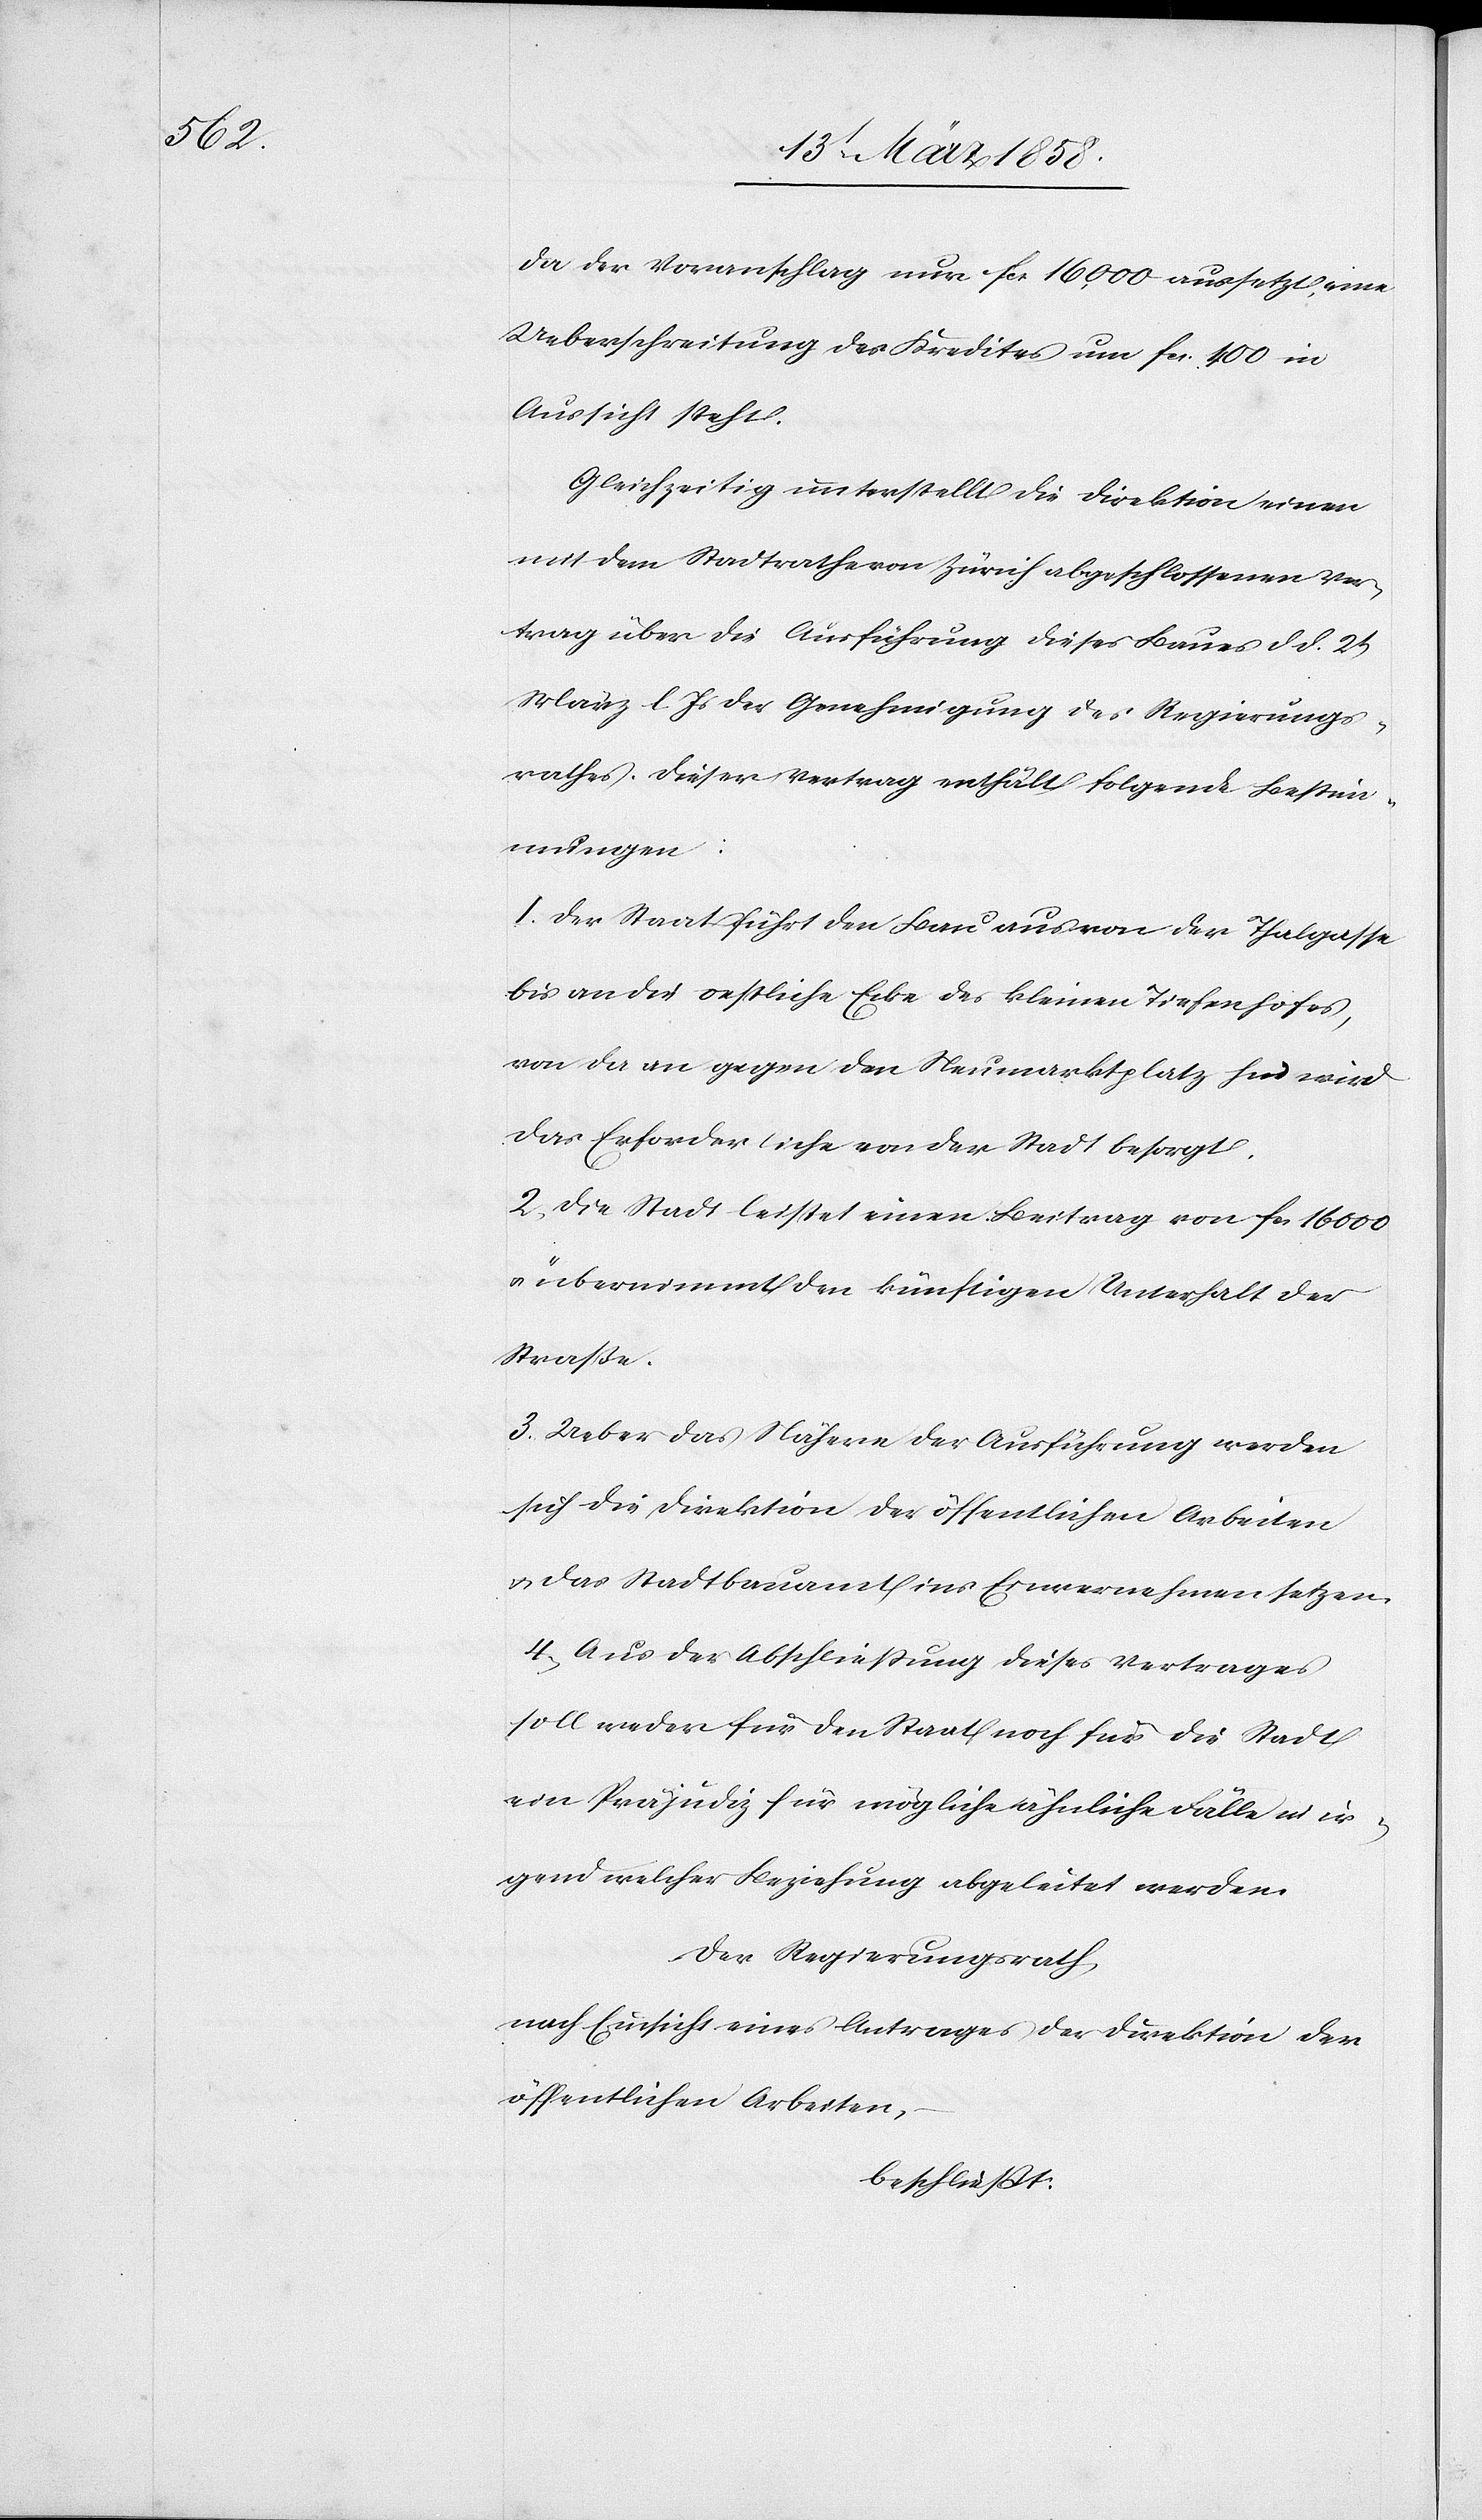
da der Voranschlag nur fcs. 16,000 aussetzt, eine
Ueberschreitung des Kredites um fcs. 400 in
Aussicht steht.
Gleichzeitig unterstellt die Direktion einen
mit dem Stadtrathe von Zürich abgeschlossenen Ver¬
trag über die Ausführung dieses Baues d. d. 2t
März l. Js. der Genehmigung des Regierungs¬
rathes. Dieser Vertrag enthält folgende Bestim¬
mungen:
1. Der Staat führt den Bau aus von der Thalgasse
bis an die oestliche Ecke des kleinen Tiefenhofes,
von da an gegen den Neumarktplatz hin wird
das Erforderliche von der Stadt besorgt.
2. Die Stadt leistet einen Beitrag von fcs. 16 000
u. übernimmt den künftigen Unterhalt der
Straße.
3. Ueber das Nähere der Ausführung werden
sich die Direktion der öffentlichen Arbeiten
u. das Stattbauamt ins Einvernehmen setzen.
4. Aus der Abschließung dieses Vertrages
soll weder für den Staat noch für die Stadt
ein Präjudiz für mögliche ähnliche Fälle in ir¬
gend welcher Beziehung abgeleitet werden.
Der Regierungsrath,
nach Einsicht eines Antrages der Direktion der
öffentlichen Arbeiten,
beschließt: